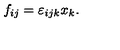
f _ { i j } = \varepsilon _ { i j k } x _ { k } .